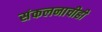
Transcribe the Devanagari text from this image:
संकलनाचीही